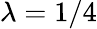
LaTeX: \lambda=1/4